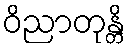
ဝိညာတုန္တိ